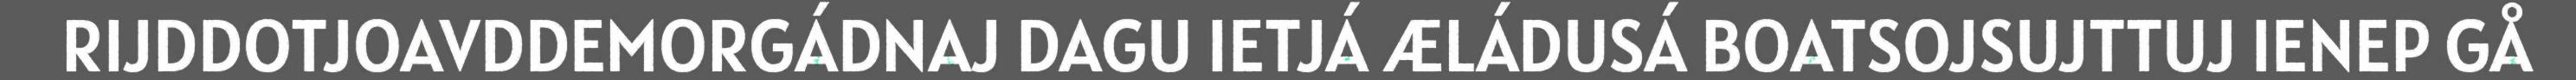
RIJDDOTJOAVDDEMORGÁDNAJ DAGU IETJÁ ÆLÁDUSÁ BOATSOJSUJTTUJ IENEP GÅ